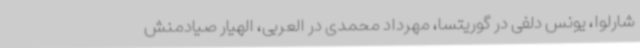
شارلوا، یونس دلفی در گوریتسا، مهرداد محمدی در العربی، الهیار صیادمنش